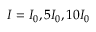
I = I _ { 0 } , 5 I _ { 0 } , 1 0 I _ { 0 }